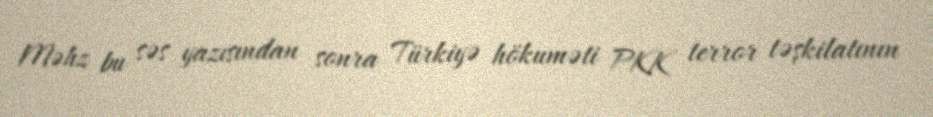
Məhz bu səs yazısından sonra Türkiyə hökuməti PKK terror təşkilatının